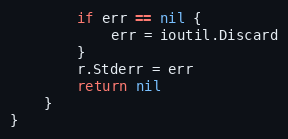
Language: Go
		if err == nil {
			err = ioutil.Discard
		}
		r.Stderr = err
		return nil
	}
}